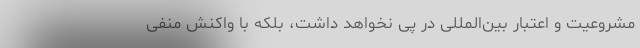
مشروعیت و اعتبار بین‌المللی در پی نخواهد داشت، بلکه با واکنش منفی